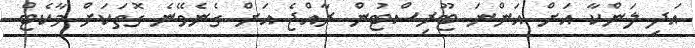
އަދި ލަންކާ އަށް އަންނަ ޓޫރިސްޓުން ރާއްޖެ އަށް ގެނެވޭނެ ގޮތަކަށް މާކެޓް